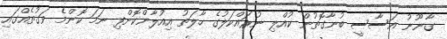
ގާނޫނު އަސާސީ ބުނާގޮތުން ކުއްލި ނުރައްކަލުގެ ހާލަތު އިއުލާންކޮށްފި ނަމަ ކޮންމެ ވަގުތެއްގައި